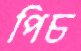
পিচ